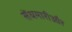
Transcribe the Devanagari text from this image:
सेंधमारीऔर